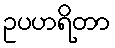
ဥပဟရိတာ